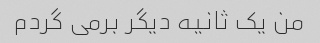
من یک ثانیه دیگر برمی گردم